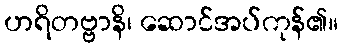
ဟရိတဗ္ဗာနိ၊ ဆောင်အပ်ကုန်၏။